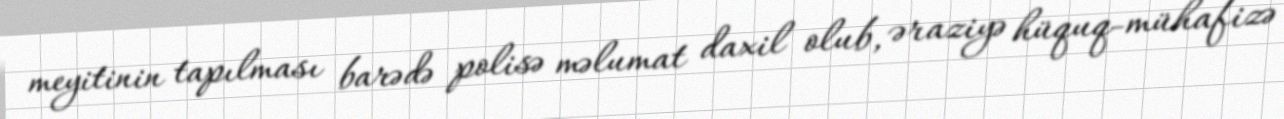
meyitinin tapılması barədə polisə məlumat daxil olub, əraziyə hüquq-mühafizə